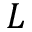
L